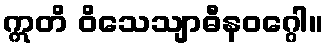
ဣတိ ဝိသေသျာဓီနဝဂ္ဂေါ။